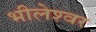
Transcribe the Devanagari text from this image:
भीलेश्‍वर